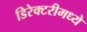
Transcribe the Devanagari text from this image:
डिरेक्टरीमध्ये